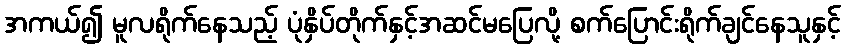
အကယ်၍ မူလရိုက်နေသည့် ပုံနှိပ်တိုက်နှင့်အဆင်မပြေလို့ စက်ပြောင်းရိုက်ချင်နေသူနှင့်